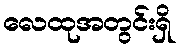
လေထုအတွင်းရှိ